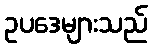
ဥပဒေများသည်